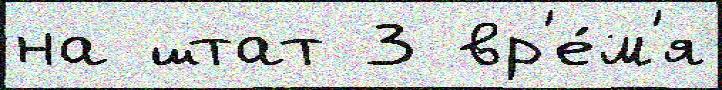
на штат 3 вр'е́м'я